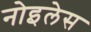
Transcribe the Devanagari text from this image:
नोइलेस